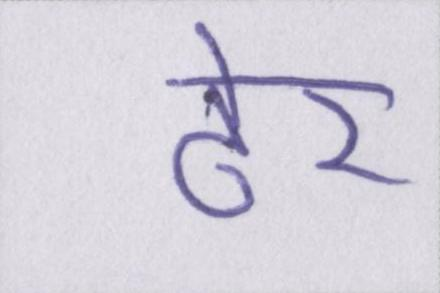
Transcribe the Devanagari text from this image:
ढेर